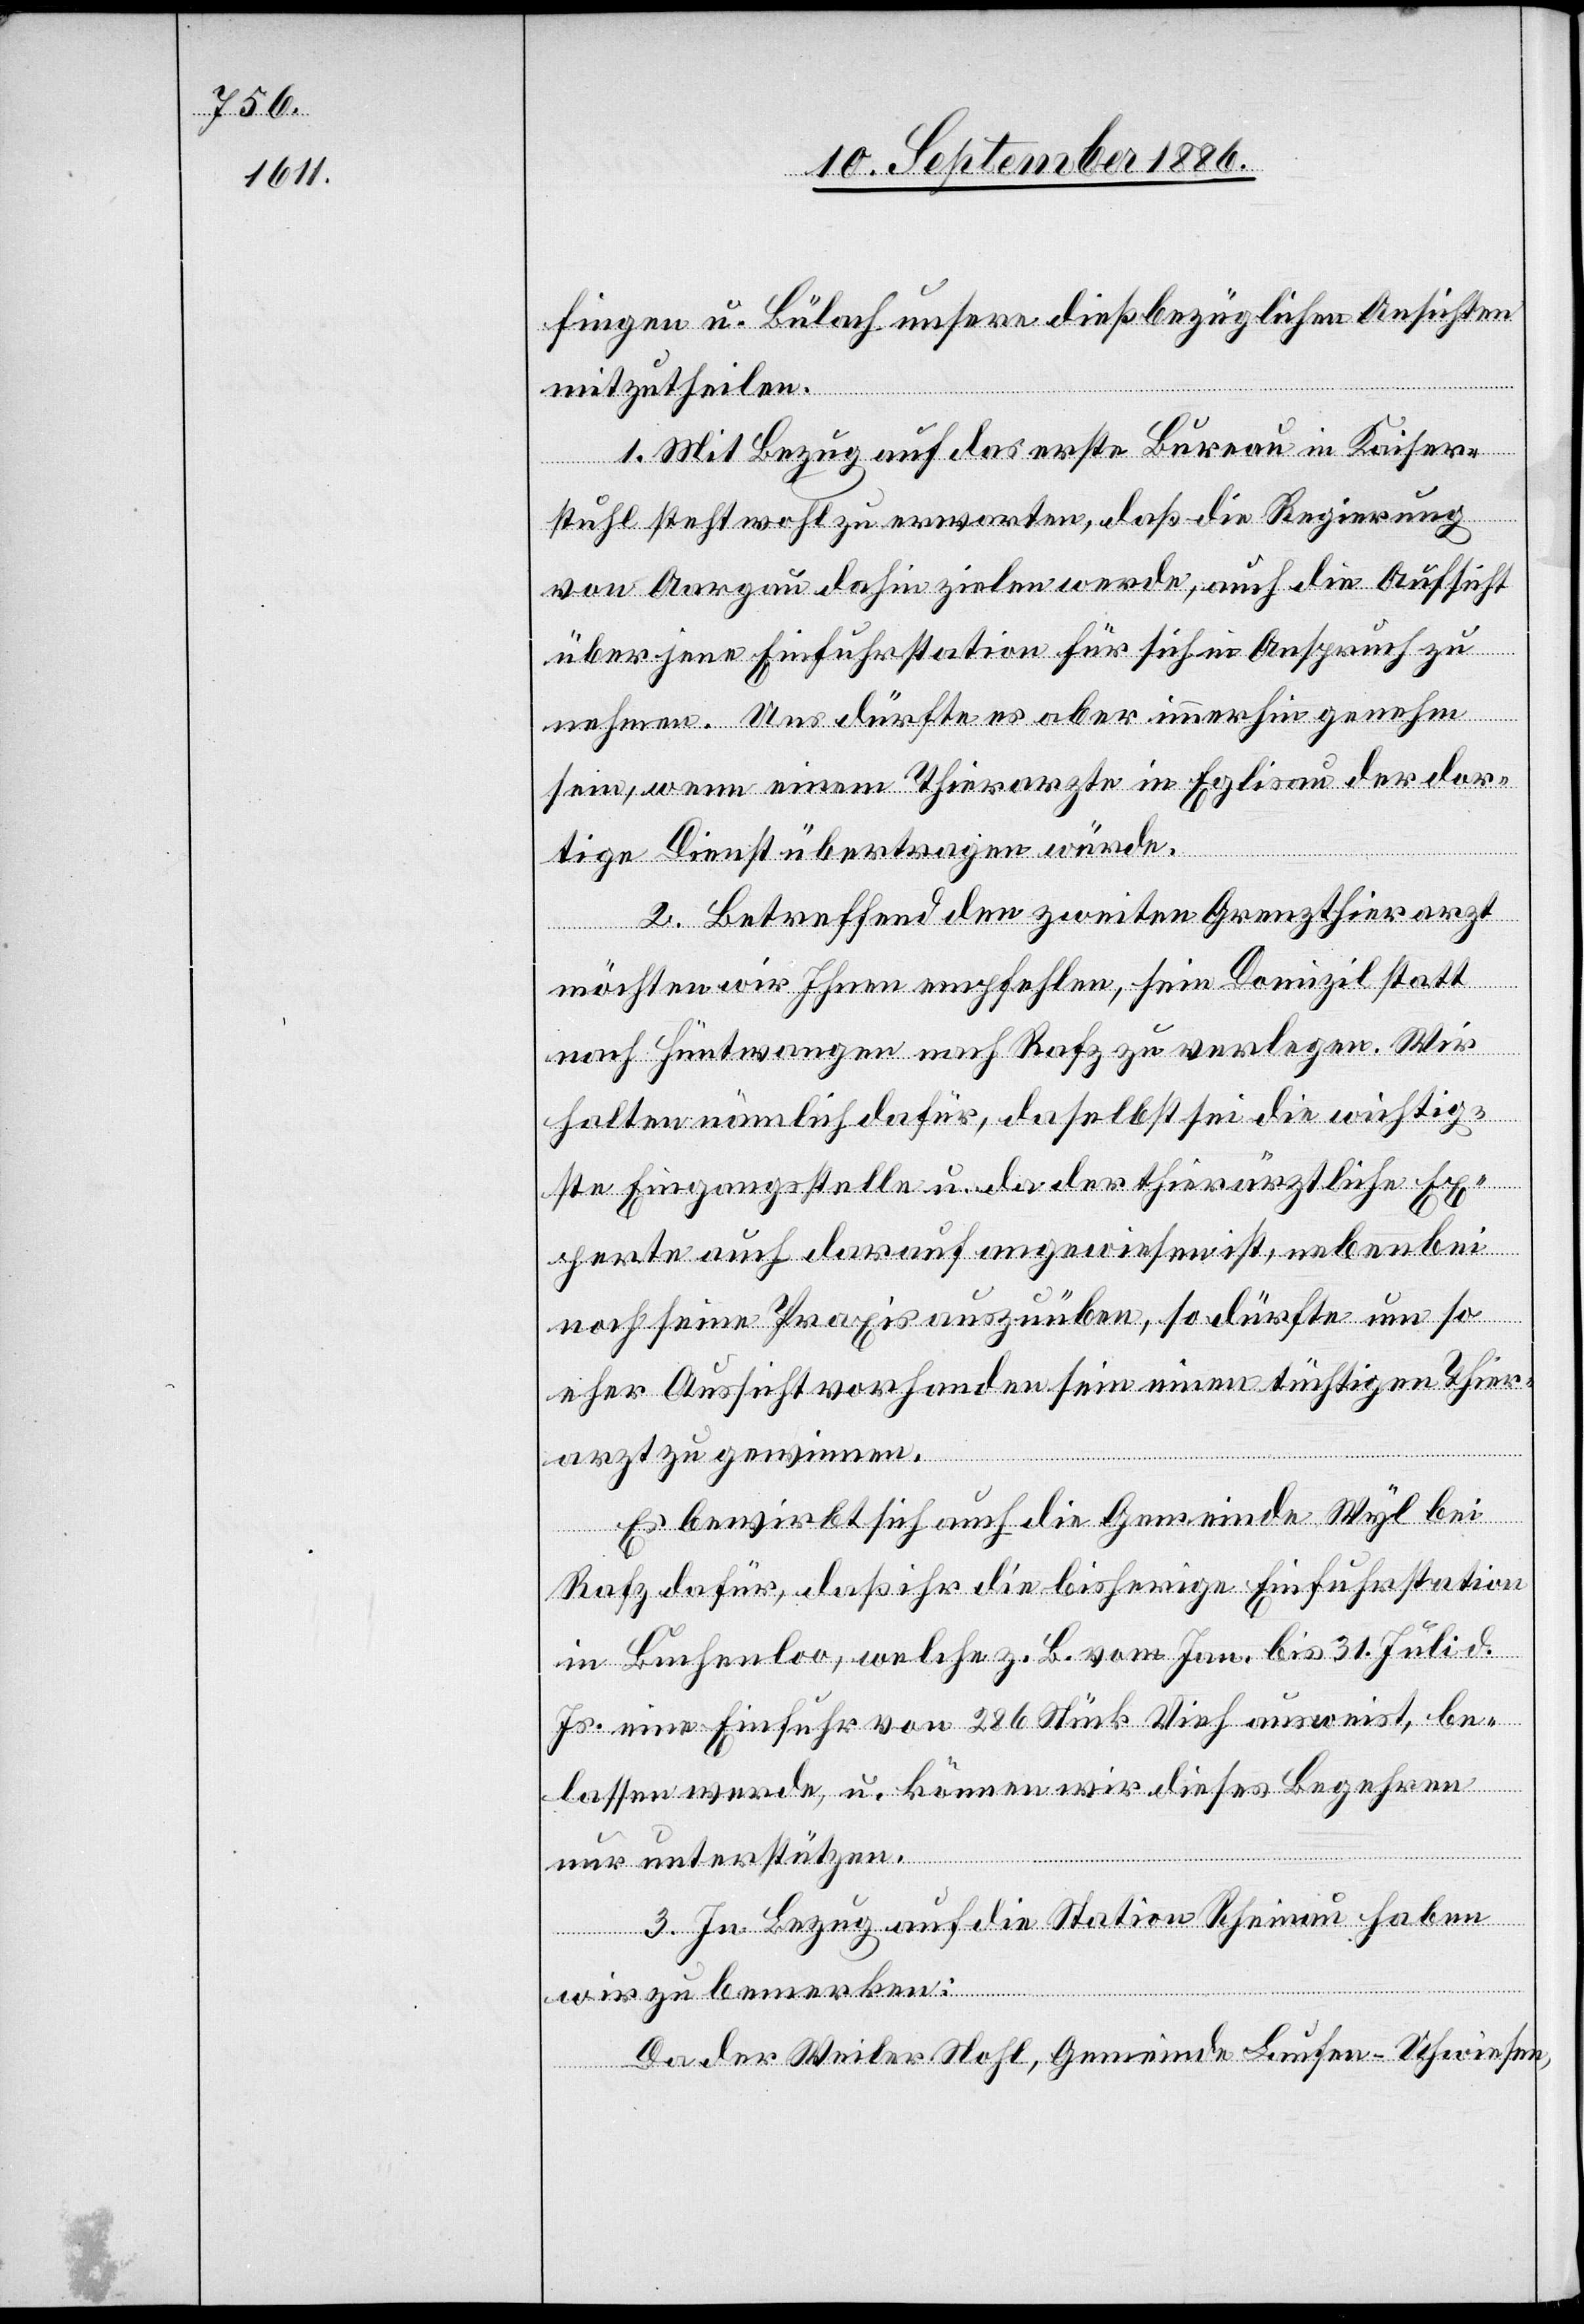
fingen u. Bülach unsere dießbezüglichen Ansichten
mitzutheilen.
1. Mit Bezug auf das erste Bureau in Kaiser¬
stuhl steht wohl zu erwarten, daß die Regierung
von Aargau dahin zielen werde, auch die Aufsicht
über jene Einfuhrstation für sich in Anspruch zu
nehmen. Uns dürfte es aber immerhin genehm
sein, wenn einem Thierarzte in Eglisau der dor¬
tige Dienst übertragen würde.
2. Betreffend den zweiten Grenzthierarzt
möchten wir Ihnen empfehlen, sein Domizil statt
nach Hüntwangen nach Rafz zu verlegen. Wir
halten nämlich dafür, daselbst sei die wichtig¬
ste Eingangsstelle u. da der thierärztliche Ex¬
perte auch darauf angewiesen ist, nebenbei
noch seine Praxis auszuüben, so dürfte um so
eher Aussicht vorhanden sein einen tüchtigen Thier¬
arzt zu gewinnen.
Es bewirbt sich auch die Gemeinde Wyl bei
Rafz dafür, daß ihr die bisherige Einfuhrstation
in Buchenloo, welche z. B. vom Jan. bis 31. Juli d.
Js. eine Einfuhr von 286 Stück Vieh ausweist, be¬
lassen werde, u. können wir dieses Begehren
nur unterstützen.
3. In Bezug auf die Station Rheinau haben
wir zu bemerken:
Da der Weiler Nohl, Gemeinde Laufen-Uhwiesen,